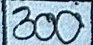
300